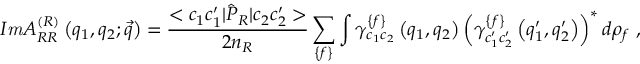
{ \cal I } { \it m } { \cal A } _ { R R } ^ { \left( { \cal R } \right) } \left( q _ { 1 } , q _ { 2 } ; \vec { q } \right) = \frac { < c _ { 1 } c _ { 1 } ^ { \prime } | \hat { \cal { P } } _ { \cal R } | c _ { 2 } c _ { 2 } ^ { \prime } > } { 2 n _ { { \cal R } } } \sum _ { \left\{ f \right\} } \int \gamma _ { c _ { 1 } c _ { 2 } } ^ { \left\{ f \right\} } \left( q _ { 1 } , q _ { 2 } \right) \left( \gamma _ { c _ { 1 } ^ { \prime } c _ { 2 } ^ { \prime } } ^ { \left\{ f \right\} } \left( q _ { 1 } ^ { \prime } , q _ { 2 } ^ { \prime } \right) \right) ^ { \ast } d \rho _ { f } \mathrm { \ , }